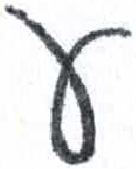
אות: ע